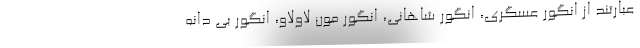
عبارتند از انگور عسگری، انگور شاهانی، انگور مون لاولاو، انگور بی دانه